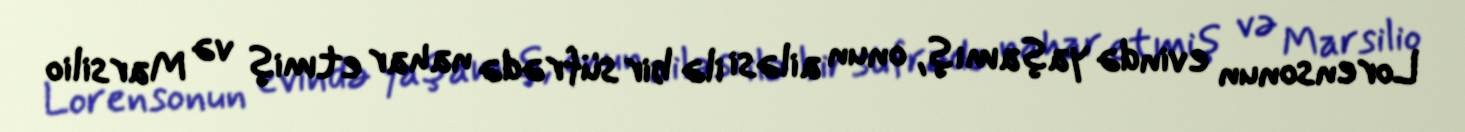
Lorensonun evində yaşamış, onun ailəsi ilə bir süfrədə nahar etmiş və Marsilio